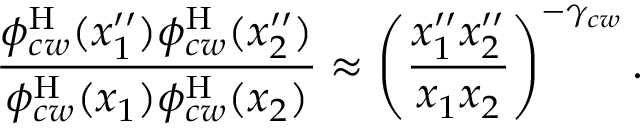
\frac { \phi _ { c w } ^ { \mathrm { H } } ( x _ { 1 } ^ { \prime \prime } ) \phi _ { c w } ^ { \mathrm { H } } ( x _ { 2 } ^ { \prime \prime } ) } { \phi _ { c w } ^ { \mathrm { H } } ( x _ { 1 } ) \phi _ { c w } ^ { \mathrm { H } } ( x _ { 2 } ) } \approx \left( \frac { x _ { 1 } ^ { \prime \prime } x _ { 2 } ^ { \prime \prime } } { x _ { 1 } x _ { 2 } } \right) ^ { - \gamma _ { c w } } .